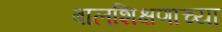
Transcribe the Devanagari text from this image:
बालशिक्षणाच्या